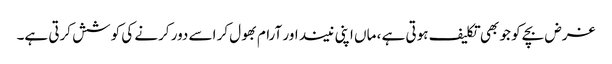
غرض بچے کو جو بھی تکلیف ہوتی ہے ، ماں اپنی نیند اور آرام بھول کر اسے دور کرنے کی کوشش کرتی ہے۔